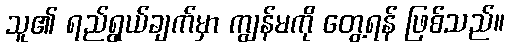
သူ၏ ရည်ရွယ်ချက်မှာ ကျွန်မကို တွေ့ရန် ဖြစ်သည်။